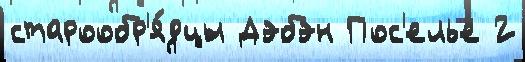
старообр'я́дцы Дэбэн Пос'елье 2